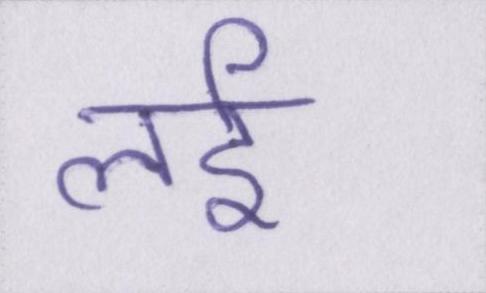
लई